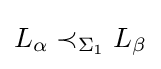
L_{\alpha }\prec _{\Sigma _{1}}L_{\beta }